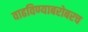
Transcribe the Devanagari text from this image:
वाढविण्याबरोबरच